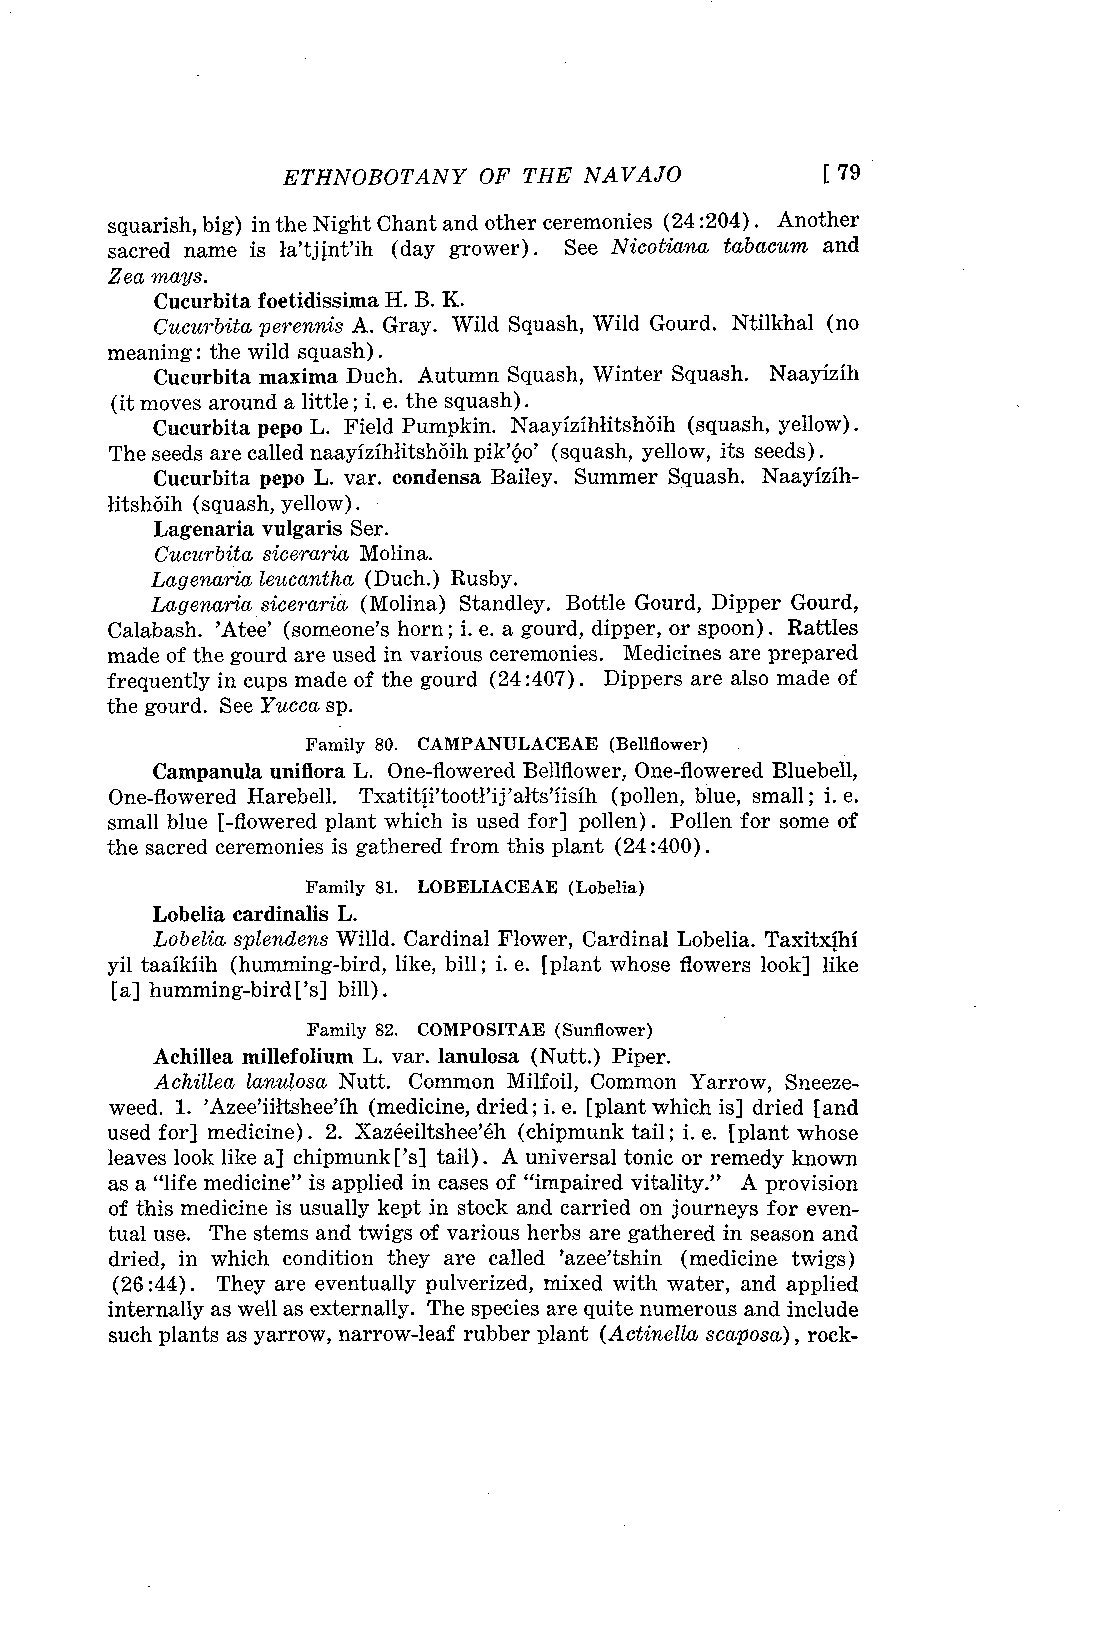
ETHNOBOTANY  OF THE NAVAJO          [ 79
 squarish, big) in the Night Chant and other ceremonies (24 :204) . Another
 sacred name is la'tjint'ih (day grower) . See Nicotian,a, tabacum and
 Z ea mays.
 Cucurbita foetidissima H. B. K.
 Cucurbita perennis A. Gray. Wild Squash, Wild Gourd. Ntilkhal (no
 meaning: the wild squash) .
 Cucurbita maxima Duch. Autumn Squash, Winter Squash. Naayizih
 (it moves around a little ; i. e. the squash).
 Cucurbita pepo L. Field Pumpkin. Naayizihlitshôih (squash, yellow).
 The seeds are called naayizihlitshôih pik'ôo' (squash, yellow, its seeds) .
 Cucurbita pepo L. var. condensa Bailey. Summer Squash. Naayizih-
 litshôih (squash, yellow).
 Lagenaria vulgaris Ser.
 Cucurbita sicerariaM olina.
 Lagenctria leucantha (Duch.) Rusby.
 Lagen,aria siceraria( Molina) Standley. Bottle Gourd, Dipper Gourd,
 Calabash. 'Atee' (someone's horn ; i. e. a gourd, dipper, or spoon) . Rattles
 made of the gourd are used in various ceremonies. Medicines are prepared
 frequently in cups made of the gourd (24:407) . Dippers are also made of
 the gourd. See Yucca sp.
 Family 80. CAMPANULACEAE (Bellflower)
 Campanula uniflora L. One-flowered Bellflower, One-flowered Bluebell,
 One-flowered Harebell. Txatitiftooffij'alts'iisih (pollen, blue, small ; j. e.
 small blue [-flowered plant which is used for] pollen) . Pollen for some of
 the sacred ceremonies is gathered from this plant (24 :400) .
 Family 81. LOBELIACEAE (Lobelia)
 Lobelia cardinalis L.
 Lobelia splendens Willd. Cardinal Flower, Cardinal Lobelia. Taxitxihi
 yil taaikiih (humming-bird, like, bill ; i. e. [plant whose flowers look] like
 [a] humming-bird ['s] bill).
 Family 82. COMPOSITAE (Sunflower)
 Achillea millefolium L. var. lanulosa (Nutt.) Piper.
 Achillea lanulosa Nutt. Common Milfoil, Common Yarrow, Sneeze-
 weed. 1. 'Azee'iiltshee'ih (medicine, dried ; j. e. [plant which is] dried [and
 used for] medicine) . 2. Xazéeiltshee'éh (chipmunk tail ; i. e. [plant whose
 leaves look like a] chipmunk ['s] tail). A universal tonic or remedy known
 as a "life medicine" is applied in cases of "impaired vitality." A provision
 of this medicine is usually kept in stock and carried on journeys for even-
 tual use. The stems and twigs of various herbs are gathered in season and
 dried, in which condition they are called 'azee'tshin (medicine twigs)
 (26 :44) . They are eventually pulverized, mixed with water, and applied
 internally as well as externally. The species are quite numerous and include
 such plants as yarrow, narrow-leaf rubber plant (Actinella scaposa), rock-